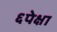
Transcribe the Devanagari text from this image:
६पेक्षा